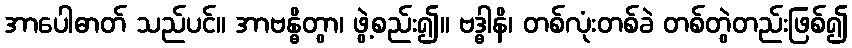
အာပေါဓာတ် သည်ပင်။ အာဗန္ဓိတွာ၊ ဖွဲ့စည်း၍။ ဗဒ္ဓါနိ၊ တစ်လုံးတစ်ခဲ တစ်တွဲတည်းဖြစ်၍